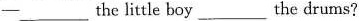
- ___ the little boy ___ the drums?